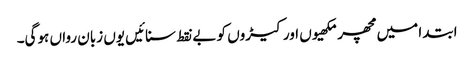
ابتدا میں مچھر مکھیوں اور کیڑوں کو بے نقط سنائیں یوں زبان رواں ہوگی۔